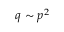
q \sim p ^ { 2 }